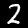
Label: 2